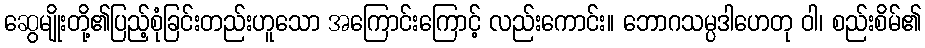
ဆွေမျိုးတို့၏ပြည့်စုံခြင်းတည်းဟူသော အကြောင်းကြောင့် လည်းကောင်း။ ဘောဂသမ္ပဒါဟေတု ဝါ၊ စည်းစိမ်၏